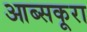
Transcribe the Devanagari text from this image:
आब्सकूरा